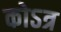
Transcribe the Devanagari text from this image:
कोऽत्र